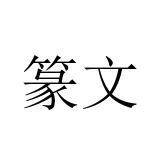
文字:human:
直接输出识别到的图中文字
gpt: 篆文